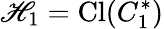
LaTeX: \mathscr{H}_{1}=\mathrm{{Cl}}(C_{1}^{*})